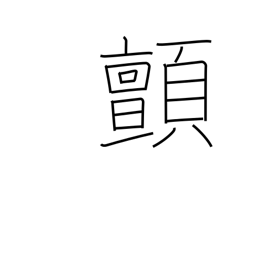
Meaning: shudder